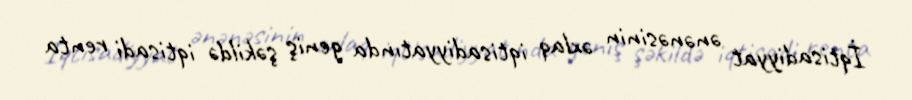
İqtisadiyyat ənənəsinin əxlaq iqtisadiyyatında geniş şəkildə iqtisadi renta